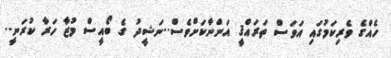
ހެއްގެ ވެރިކަމުގައި އަވަސް ތަރައްޤީ އަންނާކަށްވެސް..ނަޝީދު ގެ ބޯއީސް މުޒާ ހަރާ ކުރަނީ..